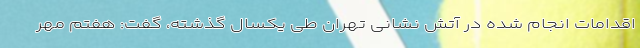
اقدامات انجام شده در آتش نشانی تهران طی یکسال گذشته، گفت: هفتم مهر